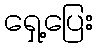
ရှေ့ပြေး